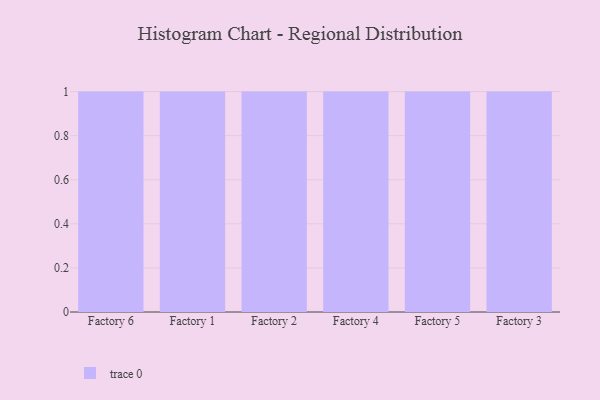
{"axis": {"x": "Factory", "y": "Budget (USD K)"}, "legend": [""], "data": [{"x": "Factory 6", "y": 32, "type": ""}, {"x": "Factory 1", "y": 27, "type": ""}, {"x": "Factory 2", "y": 62, "type": ""}, {"x": "Factory 4", "y": 62, "type": ""}, {"x": "Factory 5", "y": 48, "type": ""}, {"x": "Factory 3", "y": 46, "type": ""}]}